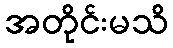
အတိုင်းမသိ